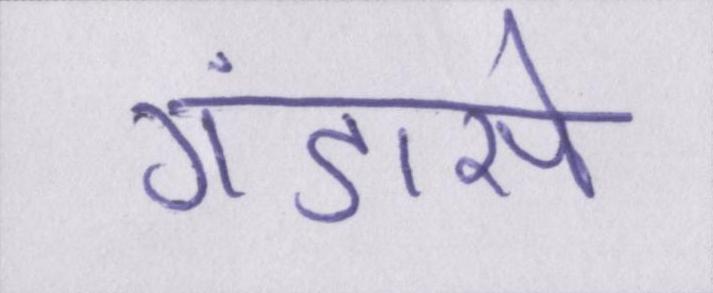
गंडासे